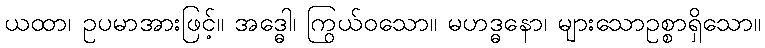
ယထာ၊ ဥပမာအားဖြင့်။ အဒ္ဓေါ၊ ကြွယ်ဝသော။ မဟဒ္ဓနော၊ များသောဥစ္စာရှိသော။